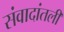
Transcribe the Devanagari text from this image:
संवादांतली